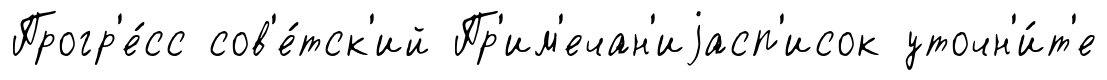
Прогр'е́сс сов'е́тск'ий Пр'им'ечан'иjасп'исок уточн'и́т'е